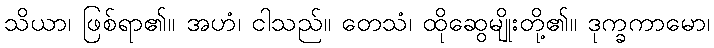
သိယာ၊ ဖြစ်ရာ၏။ အဟံ၊ ငါသည်။ တေသံ၊ ထိုဆွေမျိုးတို့၏။ ဒုက္ခကာမော၊